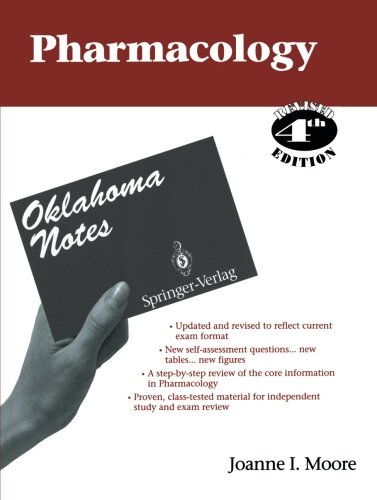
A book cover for Pharmacology (Oklahoma Notes); Medical Books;